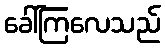
ခေါ်ကြလေသည်